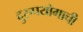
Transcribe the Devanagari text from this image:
दुरुपयोगाची